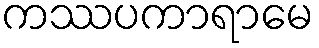
ကဿပကာရာမေ